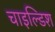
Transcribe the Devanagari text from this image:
चाइल्डिश